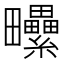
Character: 𤴈